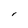
Character: l